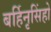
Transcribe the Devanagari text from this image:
बर्हिनृसिंहो